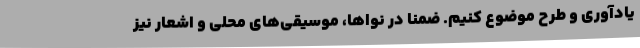
یادآوری و طرح موضوع کنیم. ضمنا در نواها، موسیقی‌های محلی و اشعار نیز